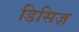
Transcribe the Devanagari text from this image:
डिसिज़